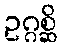
ဥဂ္ဂစ္ဆိ